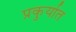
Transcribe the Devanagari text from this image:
प्रकुर्यात